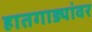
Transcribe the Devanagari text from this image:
हातगाड्यांवर